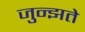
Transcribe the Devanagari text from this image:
जुन्झते